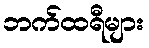
ဘက်ထရီများ